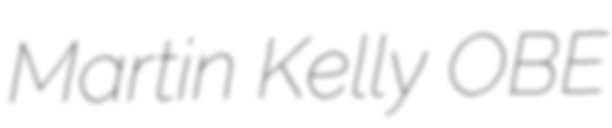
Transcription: Martin Kelly OBE